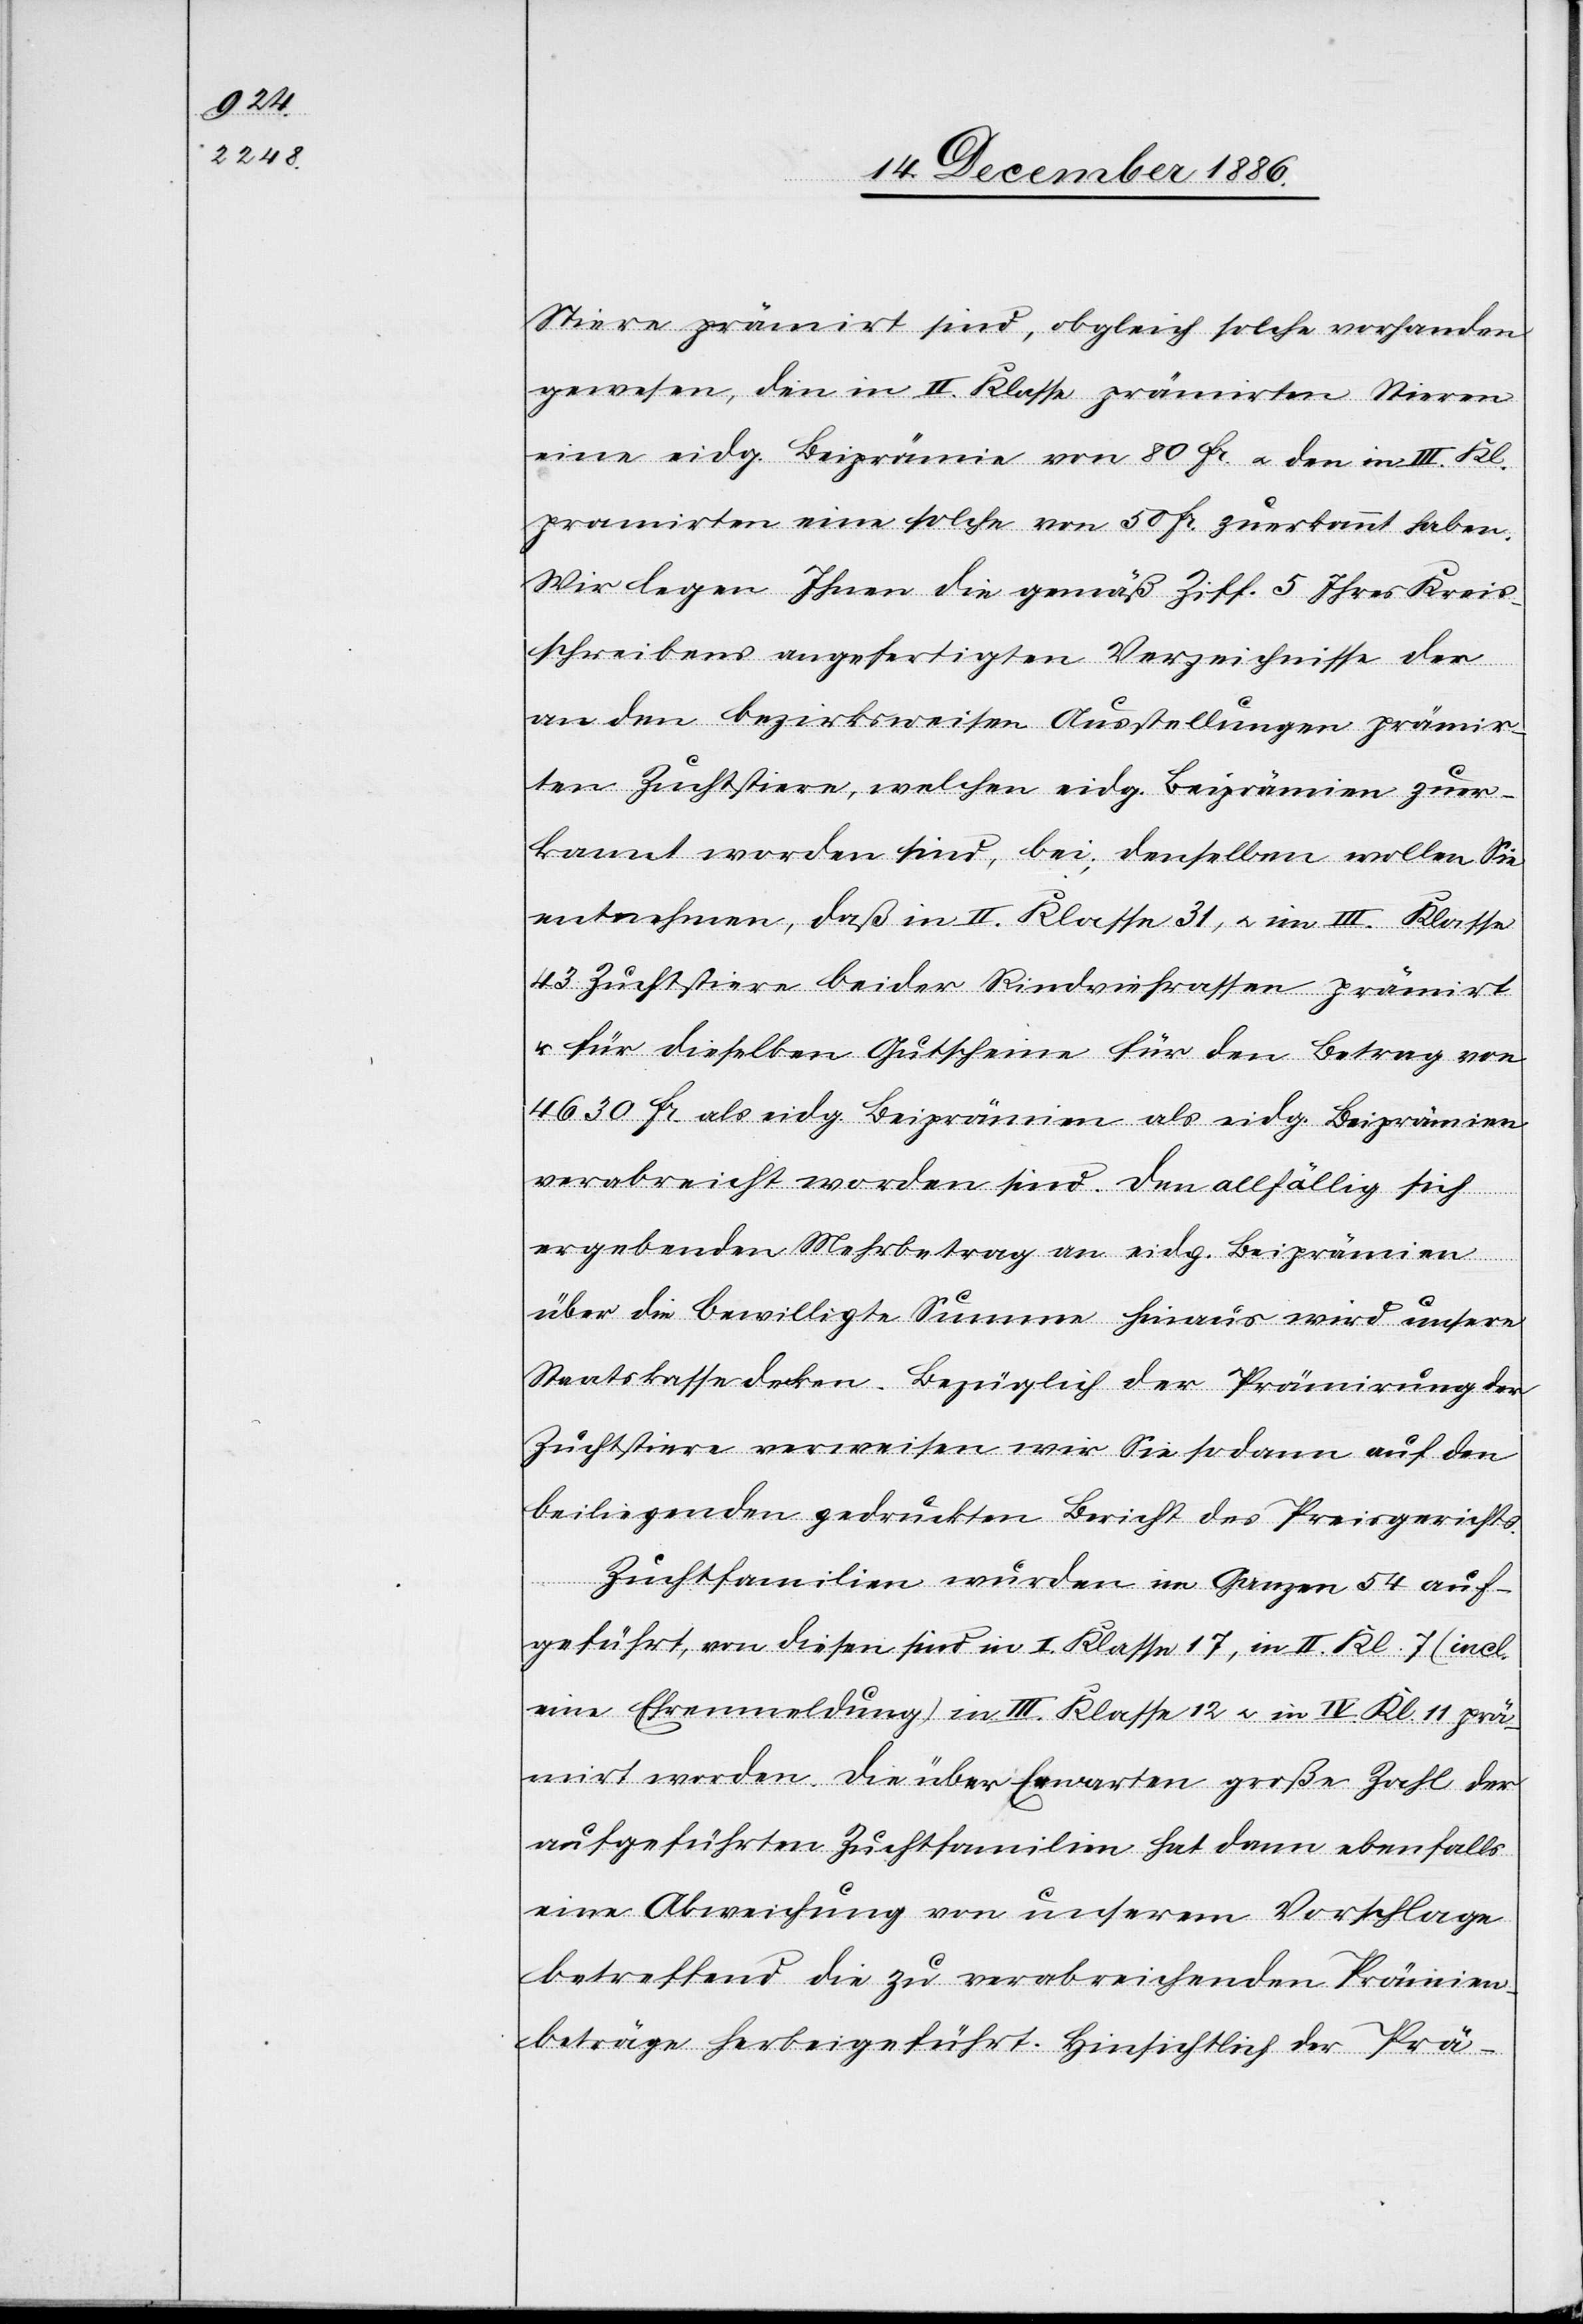
Stiere prämirt sind, obgleich solche vorhanden
gewesen, den in II. Klasse prämirten Stieren
eine eidg. Beiprämie von 80 Fr. & den in III. Kl.
pramirten [sic!] eine solche von 50 Fr. zuerkannt haben.
Wir legen Ihnen die gemäß Ziff. 5 Ihres Kreis¬
schreibens angefertigten Verzeichnisse der
an den bezirksweisen Ausstellungen prämir¬
ten Zuchtstiere, welchen eidg. Beiprämien zuer¬
kannt worden sind, bei; denselben wollen Sie
entnehmen, daß in II. Klasse 31, & im [sic!] III. Klasse
43 Zuchtstiere beider Rindviehrassen prämirt
& für dieselben Gutscheine für den Betrag von
4630 Fr. als eidg. Beiprämien als eidg. Beiprämien
verabreicht worden sind. Den allfällig sich
ergebenden Mehrbetrag an eidg. Beiprämien
über die bewilligte Summe hinaus wird unsere
Staatskasse decken. Bezüglich der Prämirung der
Zuchtstiere verweisen wir Sie sodann auf den
beiliegenden gedruckten Bericht des Preisgerichts.
Zuchtfamilien wurden im Ganzen 54 auf¬
geführt, von diesen sind in I. Klasse 17, in II. Kl. 7 (incl.
eine Ehrenmeldung) in III. Klasse 12 & in IV. Kl. 11 prä¬
mirt worden. Die über Erwarten große Zahl der
aufgeführten Zuchtfamilien hat dann ebenfalls
eine Abweichung von unserem Vorschlage
betreffend die zu verabreichenden Prämien¬
beträge herbeigeführt. Hinsichtlich der Prä-